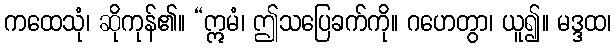
ကထေသုံ၊ ဆိုကုန်၏။ “ဣမံ၊ ဤသပြေခက်ကို။ ဂဟေတွာ၊ ယူ၍။ မဒ္ဒထ၊